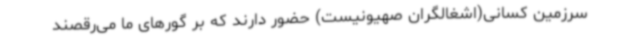
سرزمین کسانی(اشغالگران صهیونیست) حضور دارند که بر گورهای ما می‌رقصند